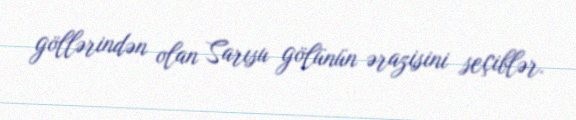
göllərindən olan Sarısu gölünün ərazisini seçiblər.